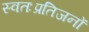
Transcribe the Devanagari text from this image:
स्वतःप्रतिजनों